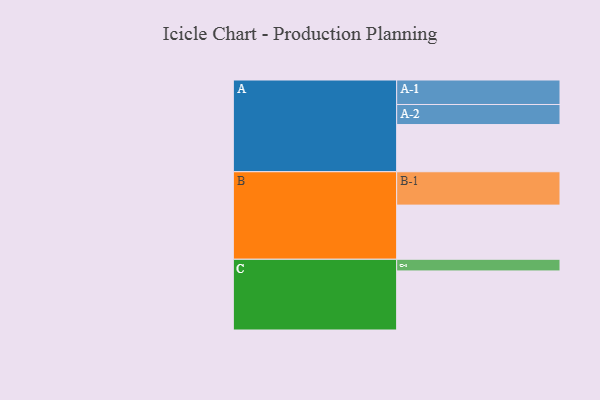
{"axis": {"x": "Segment", "y": "Value"}, "legend": ["", "A", "B", "C"], "data": [{"x": "A", "y": 393, "type": ""}, {"x": "B", "y": 451, "type": ""}, {"x": "C", "y": 492, "type": ""}, {"x": "A-1", "y": 204, "type": "A"}, {"x": "A-2", "y": 167, "type": "A"}, {"x": "B-1", "y": 278, "type": "B"}, {"x": "C-1", "y": 97, "type": "C"}]}